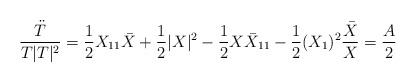
\begin{align*}\frac{\ddot T}{T |T|^2} = \frac{1}{2} X_{11} \bar X + \frac{1}{2}|X|^2 - \frac{1}{2} X{\bar{X}}_{11} -\frac{1}{2}(X_{1})^2\frac{\bar{X}}{X} = \frac{A}{2}\end{align*}